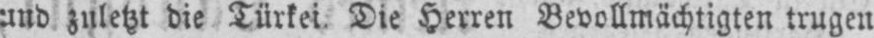
und zuletzt die Türkei. Die Herren Bevollmächtigten trugen